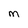
Character: M